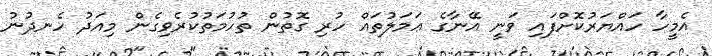
އެމީހާ ހައްޔަރުކޮށްފައި ވަނީ އޭނާގެ ޢަމަލުތައް ހުރި ގޮތުން ތުހުމަތުކުރެވިގެން މިއަދު ހެނދުނު